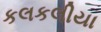
કલકલીયા